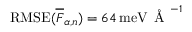
\mathrm { R M S E } ( \overline { { F } } _ { \alpha , n } ) = 6 4 \, \mathrm { m e V } \, \mathrm { ~ \AA ~ } ^ { - 1 }